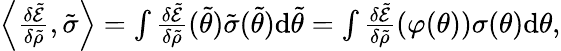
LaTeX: \begin{array}{r}{\Bigl\langle\frac{\delta\tilde{\mathcal{E}}}{\delta\tilde{\rho}},\tilde{\sigma}\Bigr\rangle=\int\frac{\delta\tilde{\mathcal{E}}}{\delta\tilde{\rho}}(\tilde{\theta})\tilde{\sigma}(\tilde{\theta})\mathrm{d}\tilde{\theta}=\int\frac{\delta\tilde{\mathcal{E}}}{\delta\tilde{\rho}}(\varphi(\theta))\sigma(\theta)\mathrm{d}\theta,}\end{array}